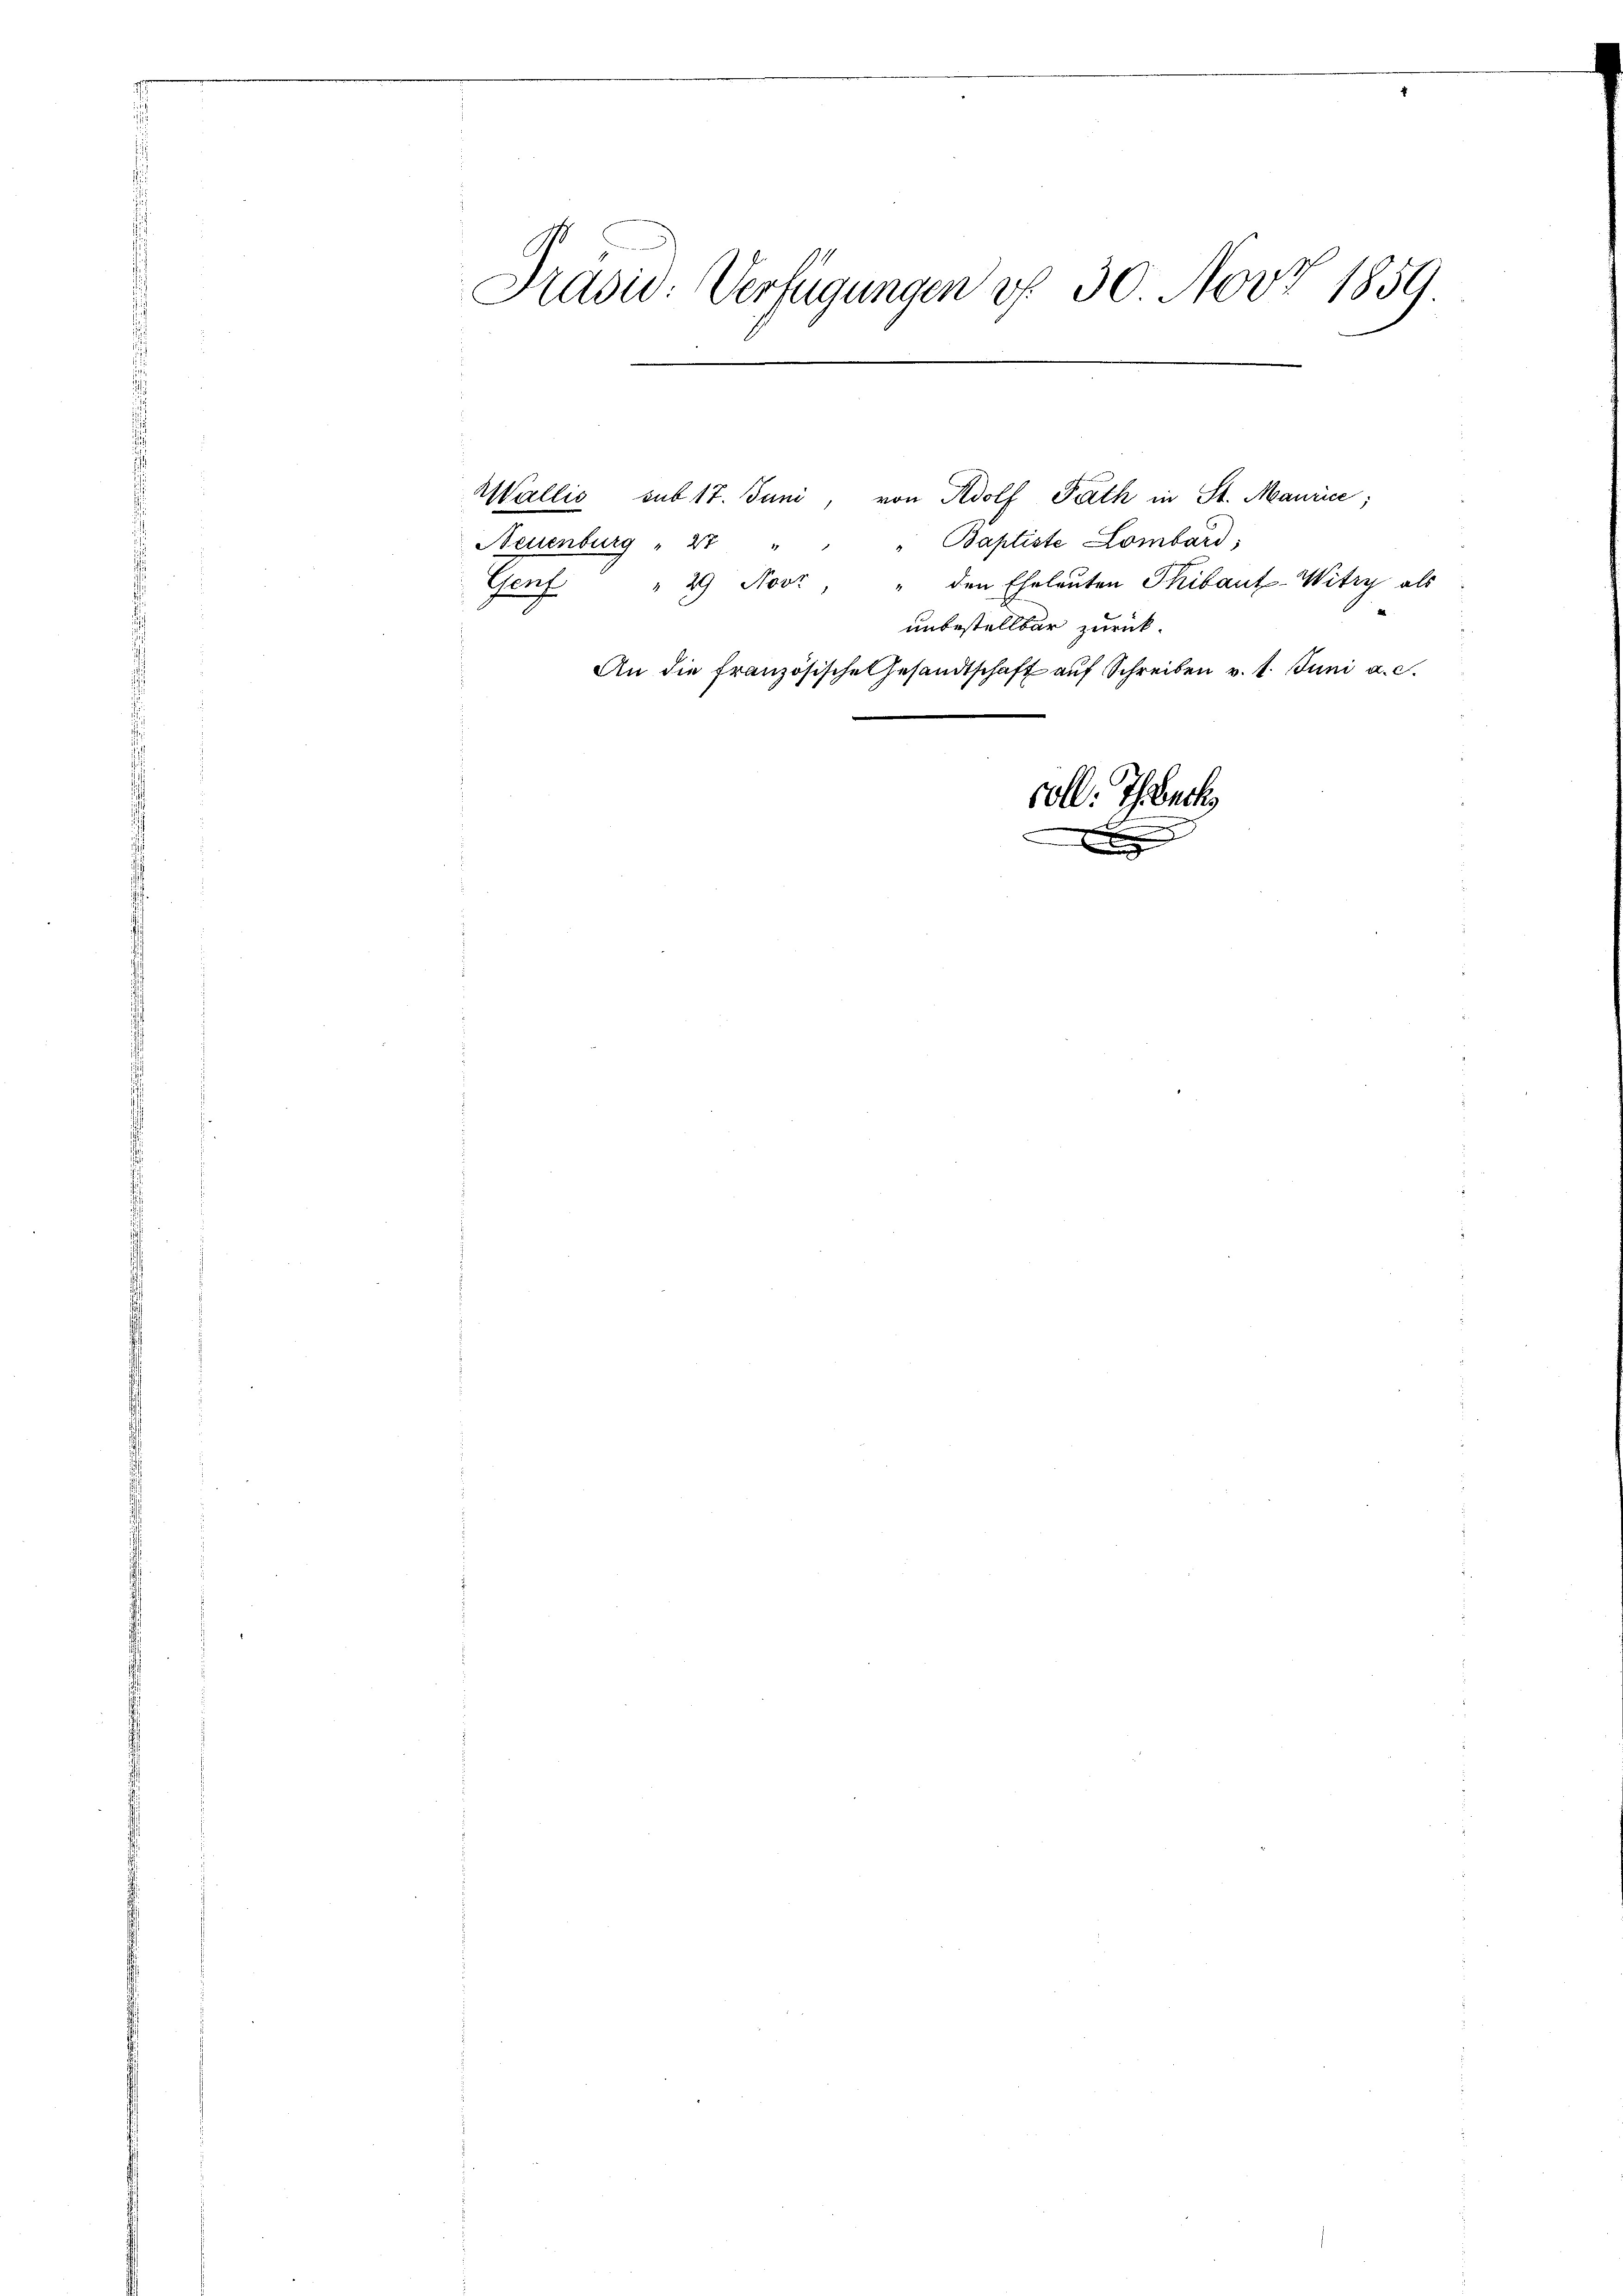
Präsid. Verfügungen u. 30 Nov 1859.

Neuenburg " 2 " " " Baptiste Lombard,

Wallis sub 17. Juni, von Adolf Rath in St. Maurice;
Genf " 29 Novt, " den Eheleŭten Thibaut-Witzy als
unbestellbar zurück.
An die französische Gesandtschaft auf Schreiben v. 1. Juni a. c.

voll. Ich back
e